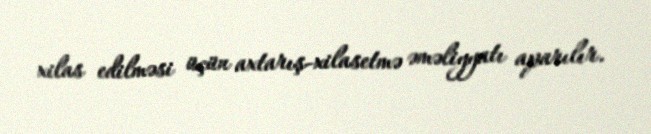
xilas edilməsi üçün axtarış-xilasetmə əməliyyatı aparılır.